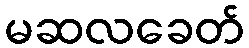
မဆလခေတ်